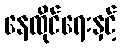
နေထိုင်ရေးနှင့်